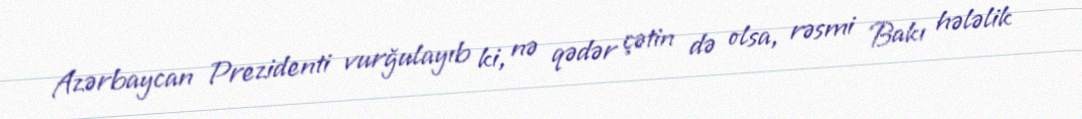
Azərbaycan Prezidenti vurğulayıb ki, nə qədər çətin də olsa, rəsmi Bakı hələlik